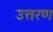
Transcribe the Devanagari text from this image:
उत्तरण